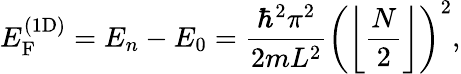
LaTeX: E_{\mathrm{F}}^{({\mathrm{1D}})}=E_{n}-E_{0}={\frac{\hbar^{2}\pi^{2}}{2mL^{2}}}\left(\left\lfloor{\frac{N}{2}}\right\rfloor\right)^{2},